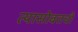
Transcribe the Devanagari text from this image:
त्यासोबतची